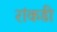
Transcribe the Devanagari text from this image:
रांकडी